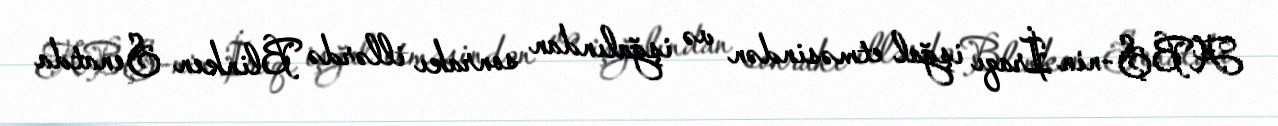
ABŞ-nin İraqı işğal etməsindən və işğalından sonrakı illərdə Blinken Senatda